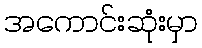
အကောင်းဆုံးမှာ